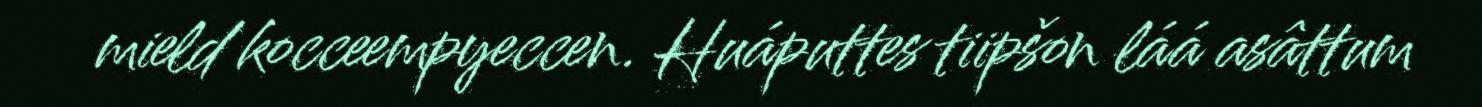
mield kocceempyeccen. Huáputtes tiipšon láá asâttum